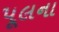
પૂલના